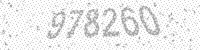
Solution: 978260